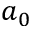
a _ { 0 }